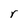
Character: r